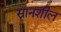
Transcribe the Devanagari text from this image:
स्नानशील